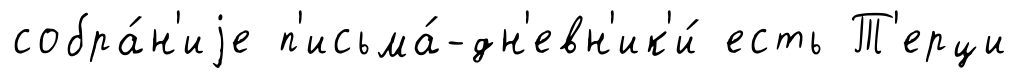
собра́н'иjе п'исьма́-дн'евн'ик'и́ есть Т'ерци